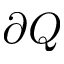
\partial Q